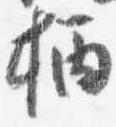
柄